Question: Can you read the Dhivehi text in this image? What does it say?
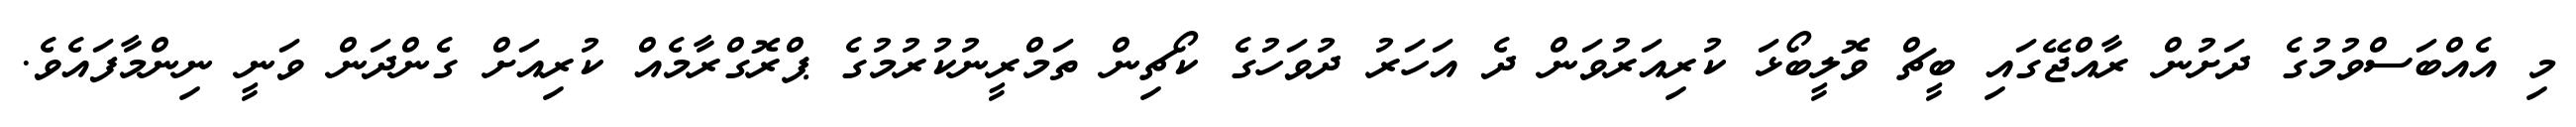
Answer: މި އެއްބަސްވުމުގެ ދަށުން ރާއްޖޭގައި ބީޗް ވޮލީބޯޅަ ކުރިއަރުވަން ދެ އަހަރު ދުވަހުގެ ކޯޗިން ތަމްރީނުކުރުމުގެ ޕްރޮގްރާމެއް ކުރިއަށް ގެންދަން ވަނީ ނިންމާފައެވެ.